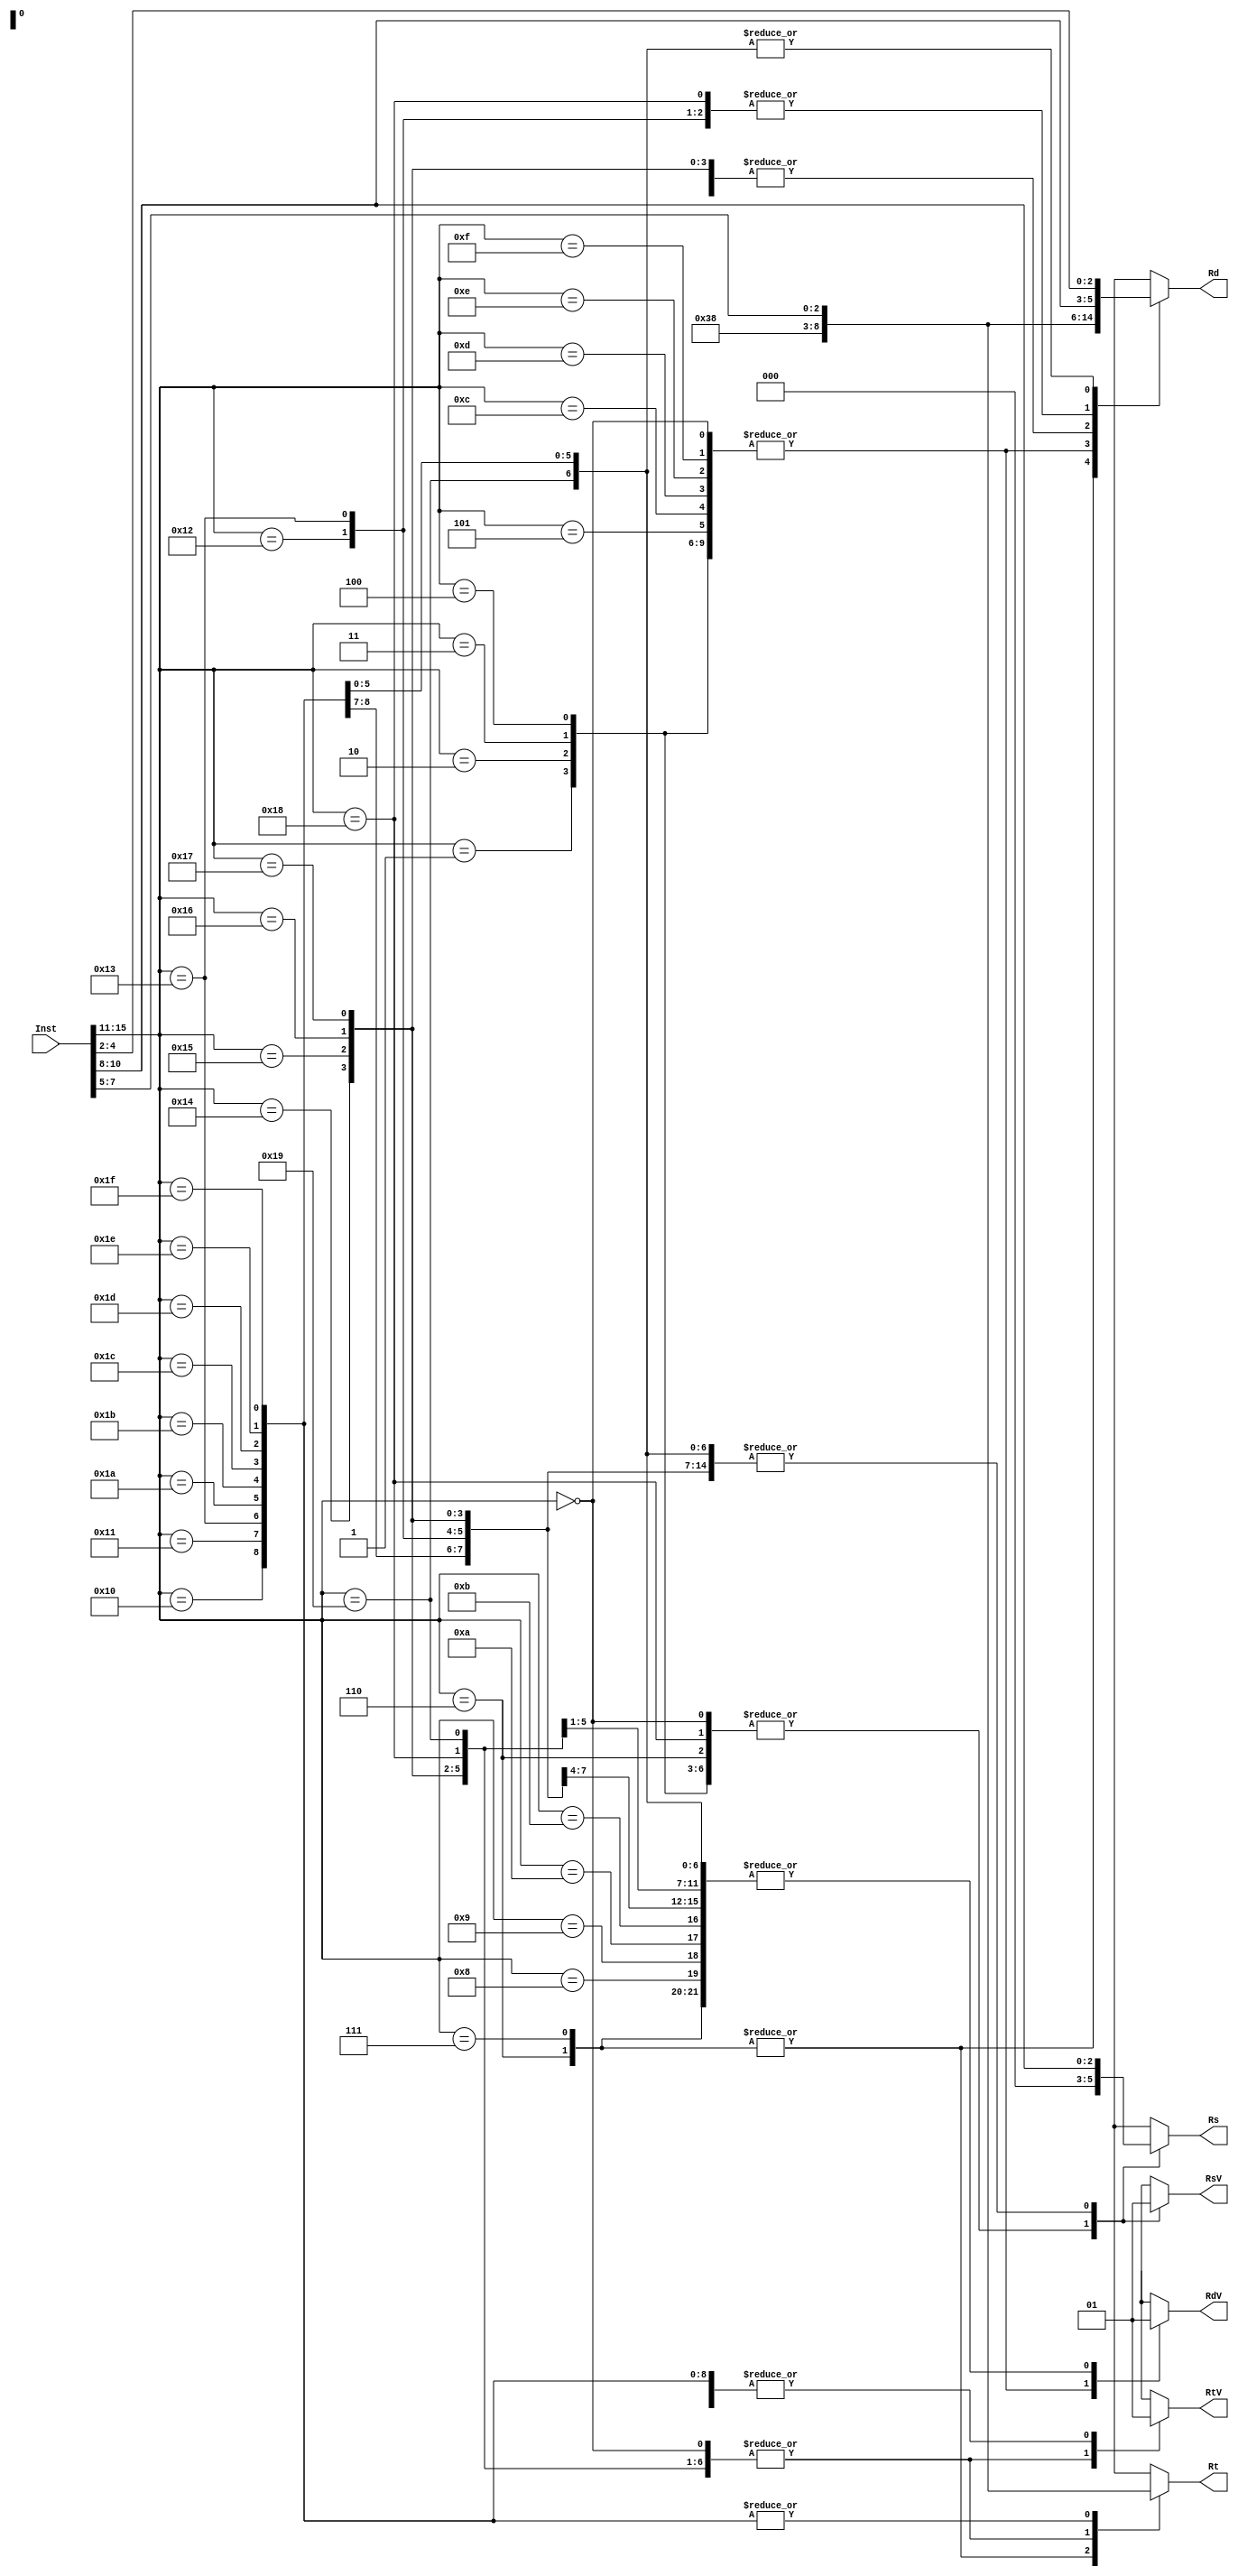
module RegIdentifier(Inst, Rs, Rt, Rd, RsV, RtV, RdV);

input [15:0] Inst;
output reg [2:0] Rs, Rt, Rd;
output reg RsV, RtV, RdV;

always @ (Inst)
case(Inst[15:11])

5'b00000: begin
Rs = 3'b000;//don't cares
Rt = 3'b000;
Rd = 3'b000;
RsV = 1'b0;
RtV = 1'b0;
RdV = 1'b0;
end
/////////////////////////////////

5'b00001: begin
//Rs = 3'b000;
//Rt = 3'b000;
//Rd = 3'b000;
//RsV = 1'b0;
//RtV = 1'b0;
//RdV = 1'b0;
Rs = 3'b000;
Rt = 3'b000;
Rd = 3'b000;
RsV = 1'b0;
RtV = 1'b0;
RdV = 1'b0;
end
/////////////////////////////////

5'b00010: begin
Rs = 3'b000;
Rt = 3'b000;
Rd = 3'b000;
RsV = 1'b0;
RtV = 1'b0;
RdV = 1'b0;
end
/////////////////////////////////

5'b00011: begin //NOP
Rs = 3'b000;
Rt = 3'b000;
Rd = 3'b000;
RsV = 1'b0;
RtV = 1'b0;
RdV = 1'b0;
end
/////////////////////////////////

5'b00100: begin
Rs = 3'b000;
Rt = 3'b000;
Rd = 3'b000;
RsV = 1'b0;
RtV = 1'b0;
RdV = 1'b0;
end
/////////////////////////////////

5'b00101: begin //JR
Rs = Inst[10:8];
Rt = 3'b000;
Rd = 3'b000;
RsV = 1'b1;
RtV = 1'b0;
RdV = 1'b0;
end
/////////////////////////////////

5'b00110: begin //JAL 
Rs = 3'b000;
Rt = 3'b111;
Rd = 3'b111;  //Hard Coded 7
RsV = 1'b0;
RtV = 1'b1;
RdV = 1'b1;
end
/////////////////////////////////

5'b00111: begin  //JALR
Rs = Inst[10:8];
Rt = 3'b111;
Rd = 3'b111;    /// HARD CODED 7
RsV = 1'b1;
RtV = 1'b1;
RdV = 1'b1;
end
/////////////////////////////////

5'b01000: begin
Rs = Inst[10:8];
Rt = 3'b000;
Rd = Inst[7:5];
RsV = 1'b1;
RtV = 1'b0;
RdV = 1'b1;
end
/////////////////////////////////

5'b01001: begin
Rs = Inst[10:8];
Rt = 3'b000;
Rd = Inst[7:5];
RsV = 1'b1;
RtV = 1'b0;
RdV = 1'b1;
end
/////////////////////////////////

5'b01010: begin
Rs = Inst[10:8];
Rt = 3'b000;
Rd = Inst[7:5];
RsV = 1'b1;
RtV = 1'b0;
RdV = 1'b1;
end
/////////////////////////////////

5'b01011: begin
Rs = Inst[10:8];
Rt = 3'b000;
Rd = Inst[7:5];
RsV = 1'b1;
RtV = 1'b0;
RdV = 1'b1;
end
/////////////////////////////////

5'b01100: begin //BEQz
Rs = Inst[10:8];
Rt = 3'b000;
Rd = 3'b000;
RsV = 1'b1;
RtV = 1'b0;
RdV = 1'b0;
end
/////////////////////////////////

5'b01101: begin
Rs = Inst[10:8];
Rt = 3'b000;
Rd = 3'b000;
RsV = 1'b1;
RtV = 1'b0;
RdV = 1'b0;
end
/////////////////////////////////

5'b01110: begin
Rs = Inst[10:8];
Rt = 3'b000;
Rd = 3'b000;
RsV = 1'b1;
RtV = 1'b0;
RdV = 1'b0;
end
/////////////////////////////////

5'b01111: begin
Rs = Inst[10:8];
Rt = 3'b000;
Rd = 3'b000;
RsV = 1'b1;
RtV = 1'b0;
RdV = 1'b0;
end
/////////////////////////////////

5'b10000: begin//special case ST
Rs = Inst[10:8];
Rt = Inst[7:5];
Rd = Inst[7:5];
RsV = 1'b1;
RtV = 1'b1;
RdV = 1'b1;
end
/////////////////////////////////

5'b10001: begin // Special Case LD
Rs = Inst[10:8];
Rt = Inst[7:5];
Rd = Inst[7:5];
RsV = 1'b1;
RtV = 1'b1;
RdV = 1'b1;
end
/////////////////////////////////

5'b10010: begin//special case
Rs = Inst[10:8];
Rt = 3'b000;
Rd = Inst[10:8];
RsV = 1'b1;
RtV = 1'b0;
RdV = 1'b1;
end
/////////////////////////////////

5'b10011: begin//special case STU
Rs = Inst[10:8];
Rt = Inst[7:5];
Rd = Inst[10:8];//used to be 7:5
RsV = 1'b1;
RtV = 1'b1;
RdV = 1'b1;
end
/////////////////////////////////

5'b10100: begin
Rs = Inst[10:8];
Rt = 3'b000;
Rd = Inst[7:5];
RsV = 1'b1;
RtV = 1'b0;
RdV = 1'b1;
end
/////////////////////////////////

5'b10101: begin
Rs = Inst[10:8];
Rt = 3'b000;
Rd = Inst[7:5];
RsV = 1'b1;
RtV = 1'b0;
RdV = 1'b1;
end
/////////////////////////////////

5'b10110: begin
Rs = Inst[10:8];
Rt = 3'b000;
Rd = Inst[7:5];
RsV = 1'b1;
RtV = 1'b0;
RdV = 1'b1;
end
/////////////////////////////////

5'b10111: begin
Rs = Inst[10:8];
Rt = 3'b000;
Rd = Inst[7:5];
RsV = 1'b1;
RtV = 1'b0;
RdV = 1'b1;
end
/////////////////////////////////

5'b11000: begin //LBI
Rs = 3'b000;
Rt = 3'b000;
Rd = Inst[10:8];
RsV = 1'b0;
RtV = 1'b0;
RdV = 1'b1;
end
/////////////////////////////////

5'b11001: begin //BTR
Rs = Inst[10:8];
Rt = 3'b000;
Rd = Inst[4:2];
RsV = 1'b1;
RtV = 1'b0;
RdV = 1'b1;
end
/////////////////////////////////

5'b11010: begin
Rs = Inst[10:8];
Rt = Inst[7:5];
Rd = Inst[4:2];
RsV = 1'b1;
RtV = 1'b1;
RdV = 1'b1;
end
/////////////////////////////////

5'b11011: begin
Rs = Inst[10:8];
Rt = Inst[7:5];
Rd = Inst[4:2];
RsV = 1'b1;
RtV = 1'b1;
RdV = 1'b1;
end
/////////////////////////////////

5'b11100: begin
Rs = Inst[10:8];
Rt = Inst[7:5];
Rd = Inst[4:2];
RsV = 1'b1;
RtV = 1'b1;
RdV = 1'b1;
end
/////////////////////////////////

5'b11101: begin
Rs = Inst[10:8];
Rt = Inst[7:5];
Rd = Inst[4:2];
RsV = 1'b1;
RtV = 1'b1;
RdV = 1'b1;
end
/////////////////////////////////

5'b11110: begin
Rs = Inst[10:8];
Rt = Inst[7:5];
Rd = Inst[4:2];
RsV = 1'b1;
RtV = 1'b1;
RdV = 1'b1;
end
/////////////////////////////////

5'b11111: begin
Rs = Inst[10:8];
Rt = Inst[7:5];
Rd = Inst[4:2];
RsV = 1'b1;
RtV = 1'b1;
RdV = 1'b1;
end
/////////////////////////////////

default: begin
Rs = 3'bzzz;
Rt = 3'bzzz;
Rd = 3'bzzz;
RsV = 1'bz;
RtV = 1'bz;
RdV = 1'bz;
end
endcase
endmodule